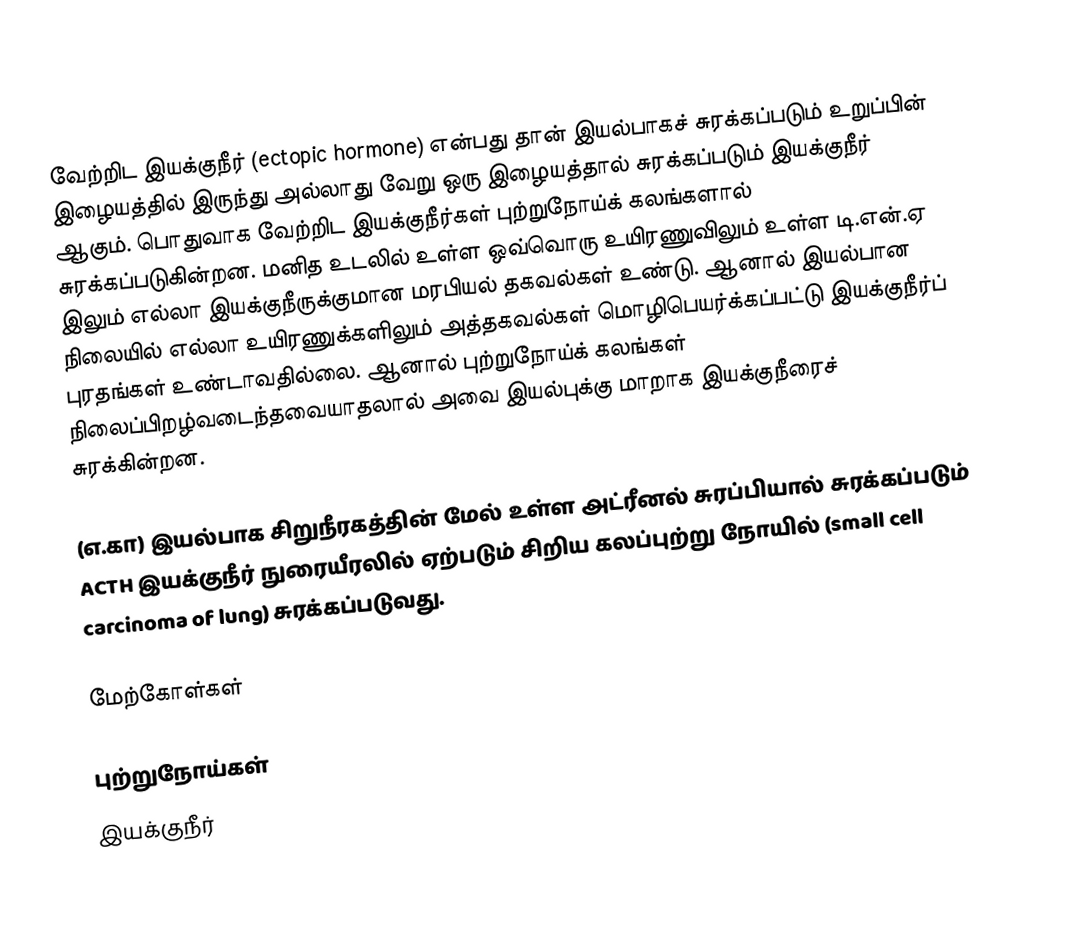
வேற்றிட இயக்குநீர் (ectopic hormone) என்பது தான் இயல்பாகச் சுரக்கப்படும் உறுப்பின் இழையத்தில் இருந்து அல்லாது வேறு ஒரு இழையத்தால் சுரக்கப்படும் இயக்குநீர் ஆகும். பொதுவாக வேற்றிட இயக்குநீர்கள் புற்றுநோய்க் கலங்களால் சுரக்கப்படுகின்றன. மனித உடலில் உள்ள ஒவ்வொரு உயிரணுவிலும் உள்ள டி.என்.ஏ இலும் எல்லா இயக்குநீருக்குமான மரபியல் தகவல்கள் உண்டு. ஆனால் இயல்பான நிலையில் எல்லா உயிரணுக்களிலும் அத்தகவல்கள் மொழிபெயர்க்கப்பட்டு இயக்குநீர்ப் புரதங்கள் உண்டாவதில்லை. ஆனால் புற்றுநோய்க் கலங்கள் நிலைப்பிறழ்வடைந்தவையாதலால் அவை இயல்புக்கு மாறாக இயக்குநீரைச் சுரக்கின்றன.

(எ.கா) இயல்பாக சிறுநீரகத்தின் மேல் உள்ள அட்ரீனல் சுரப்பியால் சுரக்கப்படும் ACTH இயக்குநீர் நுரையீரலில் ஏற்படும் சிறிய கலப்புற்று நோயில் (small cell carcinoma of lung) சுரக்கப்படுவது.

மேற்கோள்கள்

புற்றுநோய்கள்
இயக்குநீர்